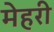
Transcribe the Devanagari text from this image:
मेहरी